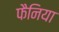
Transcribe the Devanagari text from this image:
फैनिया